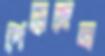
পেড়েছেন